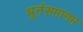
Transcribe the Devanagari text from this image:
धूर्तसमागम